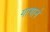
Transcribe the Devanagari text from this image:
गागाने